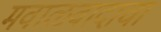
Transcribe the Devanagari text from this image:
मवाळवादाचा